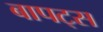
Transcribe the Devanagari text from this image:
बापट्स